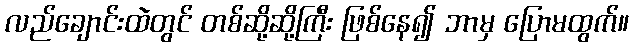
လည်ချောင်းထဲတွင် တစ်ဆို့ဆို့ကြီး ဖြစ်နေ၍ ဘာမှ ပြောမထွက်။